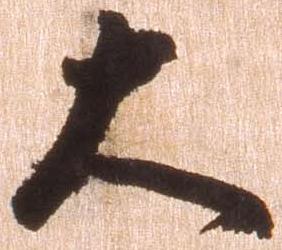
大